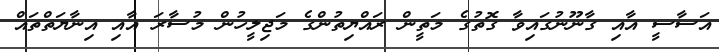
އަސާސީ އާއި ގާނޫނުގައިވާ ގޮތުގެ މަތީން ރައްޔިތުންގެ މަޖިލީހުން މުސާރަ އާއި އިނާޔަތްތައް